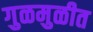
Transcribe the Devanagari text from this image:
गुळमुळीत